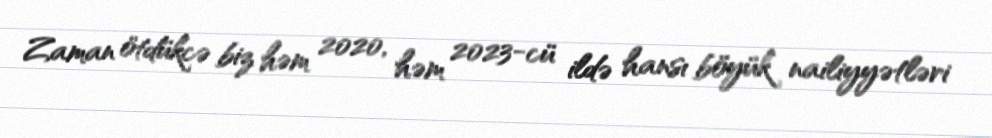
Zaman ötdükcə biz həm 2020, həm 2023-cü ildə hansı böyük nailiyyətləri